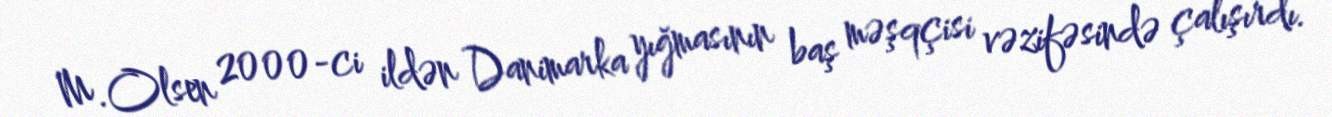
M.Olsen 2000-ci ildən Danimarka yığmasının baş məşqçisi vəzifəsində çalışırdı.